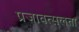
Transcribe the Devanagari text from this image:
प्रजावत्सलता